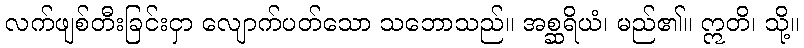
လက်ဖျစ်တီးခြင်းငှာ လျောက်ပတ်သော သဘောသည်။ အစ္ဆရိယံ၊ မည်၏။ ဣတိ၊ သို့။